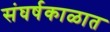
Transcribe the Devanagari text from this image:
संघर्षकाळात